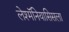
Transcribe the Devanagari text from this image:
लेश्मॅनियासिसला